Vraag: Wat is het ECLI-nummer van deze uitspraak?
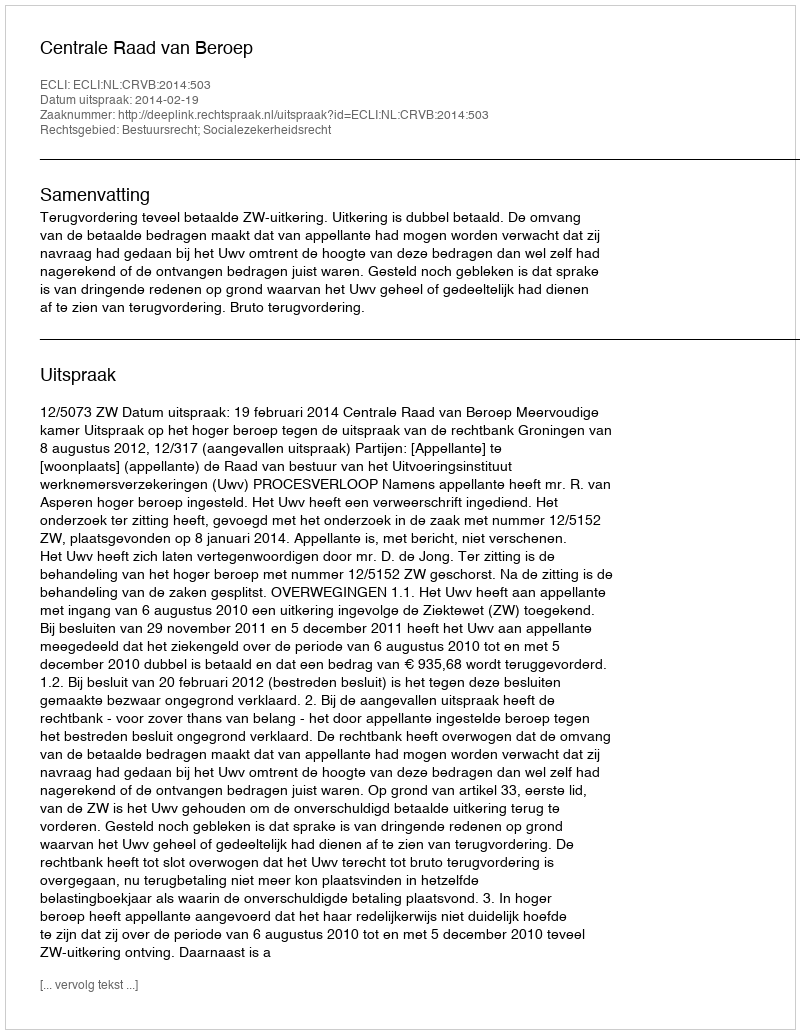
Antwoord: ECLI:NL:CRVB:2014:503